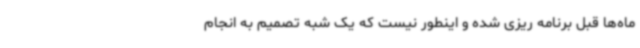
ماه‌ها قبل برنامه ریزی شده و اینطور نیست که یک شبه تصمیم به انجام